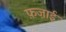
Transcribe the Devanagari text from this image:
फ़ज़ाई